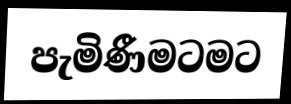
පැමිණීමටමට